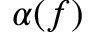
\alpha ( f )